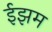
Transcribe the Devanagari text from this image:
ईझम